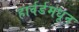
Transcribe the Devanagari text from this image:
हार्वर्डमधून